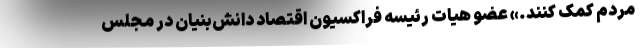
مردم کمک کنند.» عضو هیات رئیسه فراکسیون اقتصاد دانش‌بنیان در مجلس